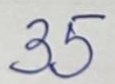
35